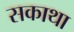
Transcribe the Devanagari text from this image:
सकाथा